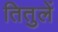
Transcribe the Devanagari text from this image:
तितुलें